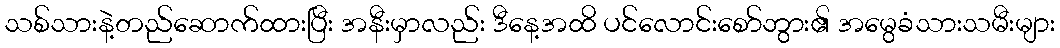
သစ်သားနဲ့တည်ဆောက်ထားပြီး အနီးမှာလည်း ဒီနေ့အထိ ပင်လောင်းစော်ဘွား၏ အမွေခံသားသမီးများ